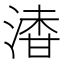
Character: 𣺇